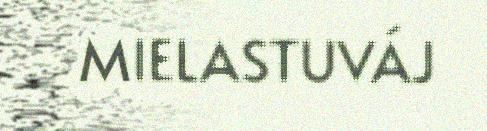
MIELASTUVÁJ